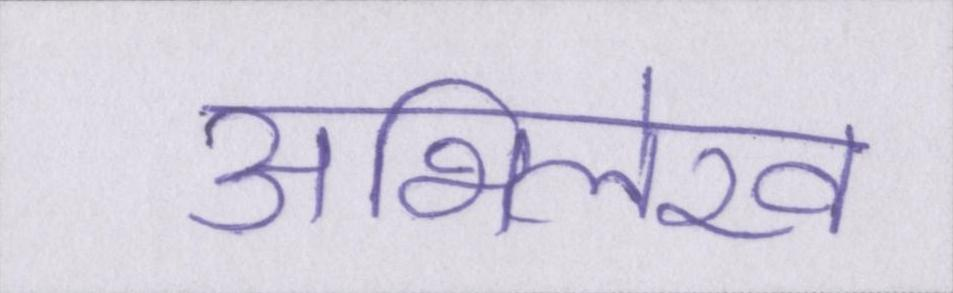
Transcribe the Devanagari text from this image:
अभिलेख